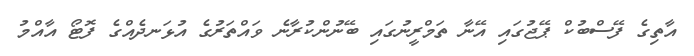
އާތިގެ ފޭސްބުކް ޕޭޖުގައި އޭނާ ތަމްރީނުގައި ބޭނުންކުރާނެ ވައްތަރުގެ އުޅަނދެއްގެ ފޮޓޯ އާއްމު